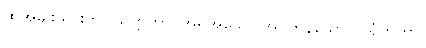
ထိုအမျိုးသားကို။ သက္ကတာ၊ အရိုအသေပြုအပ်ကုန်သော။ ဂရုံကတာ၊